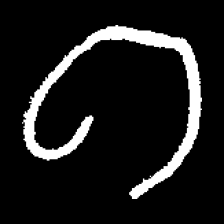
Pyu character \u2014 Myanmar letter: ဂ (romanized: ga)